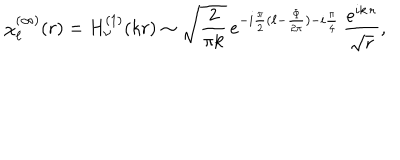
LaTeX: \chi _ { \ell } ^ { ( \infty ) } ( r ) = H _ { \nu } ^ { ( 1 ) } ( k r ) \sim \sqrt { \frac { 2 } { \pi k } } \, e ^ { - i \frac { \pi } { 2 } ( \ell - \frac { \Phi } { 2 \pi } ) - i \frac { \pi } { 4 } } \, \frac { e ^ { i k \, r } } { \sqrt { r } } ,